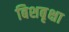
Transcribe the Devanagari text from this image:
बिशबृक्षा